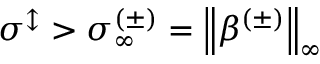
\sigma ^ { \updownarrow } > \sigma _ { \infty } ^ { ( \pm ) } = \left\lVert \beta ^ { ( \pm ) } \right\rVert _ { \infty }